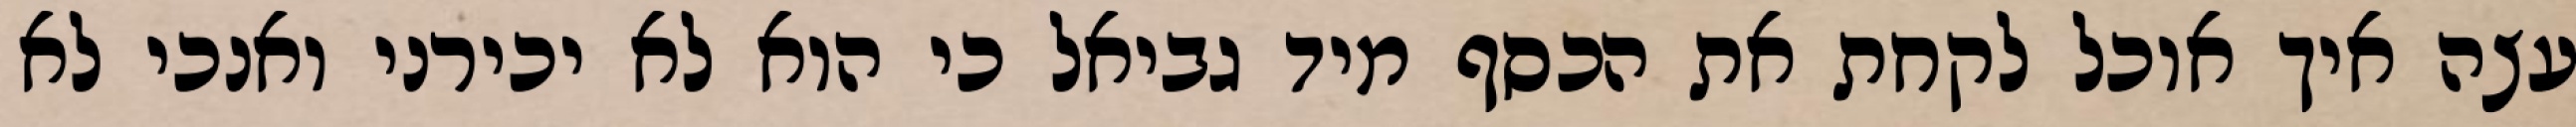
עצה איך אוכל לקחת את הכסף מיד גביאל כי הוא לא יכירני ואנכי לא